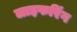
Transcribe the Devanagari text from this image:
लाइफरिंग